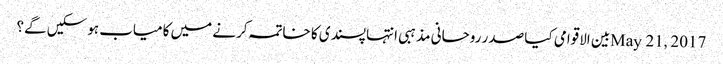
May 21, 2017بین الاقوامی	کیا صدر روحانی مذہبی انتہا پسندی کا خاتمہ کرنے میں کامیاب ہوسکیں گے؟